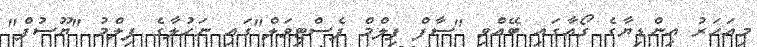
މިއަހަރު އިންޑިޔާގެ ގޯއާގައި ބޭއްވި "ސާފް ފިލްމް ފެސްޓިވަލް"ގައި ނަހުލާގެ ފިލްމު "ޔޫސުފް"